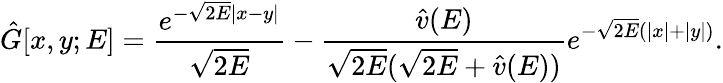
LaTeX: \hat{G}[x,y;E]=\frac{e^{-\sqrt{2E}|x-y|}}{\sqrt{2E}}-\frac{\hat{v}(E)}{\sqrt{2E}(\sqrt{2E}+\hat{v}(E))}e^{-\sqrt{2E}(|x|+|y|)}.